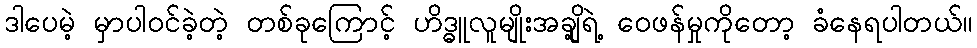
ဒါပေမဲ့ မှာပါဝင်ခဲ့တဲ့ တစ်ခုကြောင့် ဟိဒ္ဓူလူမျိုးအချို့ရဲ့ ဝေဖန်မှုကိုတော့ ခံနေရပါတယ်။